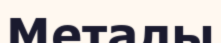
Металы